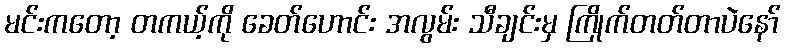
မင်းကတော့ တကယ့်ကို ခေတ်ဟောင်း အလွမ်း သီချင်းမှ ကြိုက်တတ်တာပဲနော်